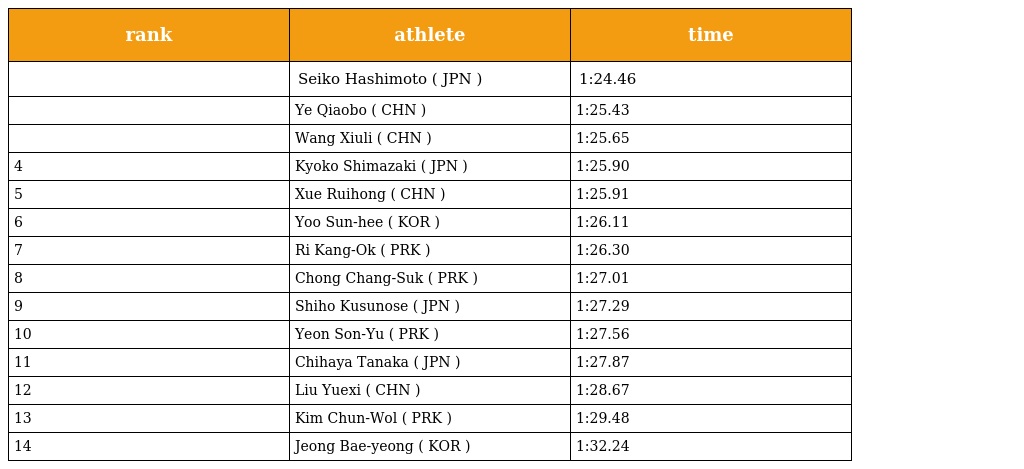
| rank | athlete | time |
 | --- | --- | --- |
 |  | Seiko Hashimoto ( JPN ) | 1:24.46 |
 |  | Ye Qiaobo ( CHN ) | 1:25.43 |
 |  | Wang Xiuli ( CHN ) | 1:25.65 |
 | 4 | Kyoko Shimazaki ( JPN ) | 1:25.90 |
 | 5 | Xue Ruihong ( CHN ) | 1:25.91 |
 | 6 | Yoo Sun-hee ( KOR ) | 1:26.11 |
 | 7 | Ri Kang-Ok ( PRK ) | 1:26.30 |
 | 8 | Chong Chang-Suk ( PRK ) | 1:27.01 |
 | 9 | Shiho Kusunose ( JPN ) | 1:27.29 |
 | 10 | Yeon Son-Yu ( PRK ) | 1:27.56 |
 | 11 | Chihaya Tanaka ( JPN ) | 1:27.87 |
 | 12 | Liu Yuexi ( CHN ) | 1:28.67 |
 | 13 | Kim Chun-Wol ( PRK ) | 1:29.48 |
 | 14 | Jeong Bae-yeong ( KOR ) | 1:32.24 |